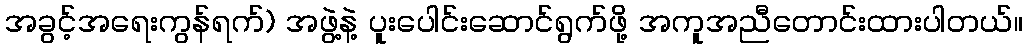
အခွင့်အရေးကွန်ရက်) အဖွဲ့နဲ့ ပူးပေါင်းဆောင်ရွက်ဖို့ အကူအညီတောင်းထားပါတယ်။